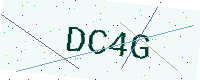
Text: DC4G